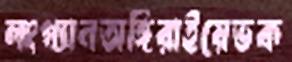
লংগ্যানঅঙ্গিরাইয়েভক